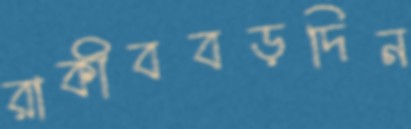
রাকীববড়দিন